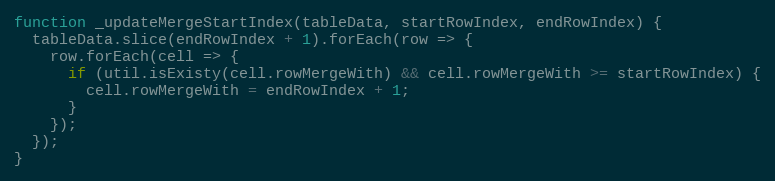
Language: JavaScript
function _updateMergeStartIndex(tableData, startRowIndex, endRowIndex) {
  tableData.slice(endRowIndex + 1).forEach(row => {
    row.forEach(cell => {
      if (util.isExisty(cell.rowMergeWith) && cell.rowMergeWith >= startRowIndex) {
        cell.rowMergeWith = endRowIndex + 1;
      }
    });
  });
}